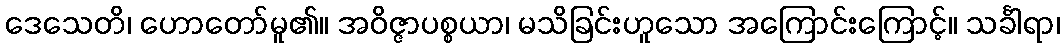
ဒေသေတိ၊ ဟောတော်မူ၏။ အဝိဇ္ဇာပစ္စယာ၊ မသိခြင်းဟူသော အကြောင်းကြောင့်။ သင်္ခါရာ၊